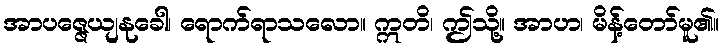
အာပဇ္ဇေယျနုခေါ၊ ရောက်ရာသလော။ ဣတိ၊ ဤသို့။ အာဟ၊ မိန့်တော်မူ၏။